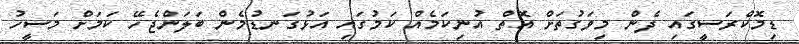
ޑިމޮކްރަސީގައި ދެން މިވަގުތަށް އޮތް އުނިކަމެއް ކަމުގައި އަޅުގަނޑުމެން ބަލަންޖެހޭ ކަމަށް މަސީހު